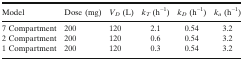
<table><thead><tr><td><b>Model</b></td><td><b>Dose (mg)</b></td><td><b><i>V</i><sub><i>D</i></sub> (L)</b></td><td><b><i>k</i><sub><i>T</i></sub> (h<sup>−1</sup>)</b></td><td><b><i>k</i><sub><i>D</i></sub> (h<sup>−1</sup>)</b></td><td><b><i>k</i><sub><i>a</i></sub> (h<sup>−1</sup>)</b></td></tr></thead><tbody><tr><td>7 Compartment</td><td>200</td><td>120</td><td>2.1</td><td>0.54</td><td>3.2</td></tr><tr><td>2 Compartment</td><td>200</td><td>120</td><td>0.6</td><td>0.54</td><td>3.2</td></tr><tr><td>1 Compartment</td><td>200</td><td>120</td><td>0.3</td><td>0.54</td><td>3.2</td></tr></tbody></table>